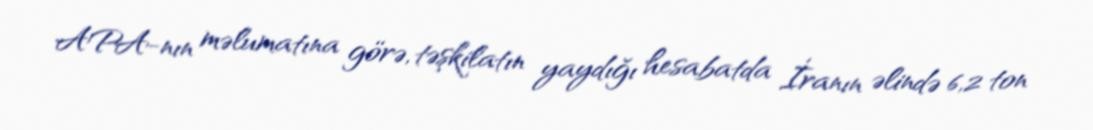
APA-nın məlumatına görə, təşkilatın yaydığı hesabatda İranın əlində 6,2 ton